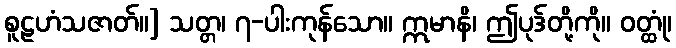
စူဠဟံသဇာတ်။] သတ္တ၊ ၇-ပါးကုန်သော။ ဣမာနိ၊ ဤပုဒ်တို့ကို။ ဝတ္ထုံ၊